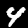
Label: 4